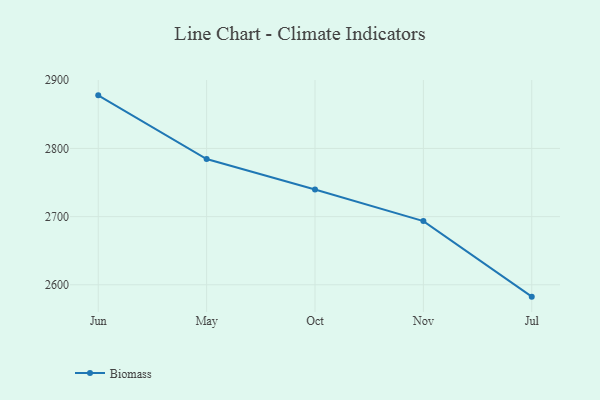
{"axis": {"x": "Month", "y": "LTV (USD)"}, "legend": ["Biomass"], "data": [{"x": "Jun", "y": 2877.9, "type": "Biomass"}, {"x": "May", "y": 2784.5, "type": "Biomass"}, {"x": "Oct", "y": 2739.9, "type": "Biomass"}, {"x": "Nov", "y": 2693.4, "type": "Biomass"}, {"x": "Jul", "y": 2582.6, "type": "Biomass"}]}